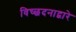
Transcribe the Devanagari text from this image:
विच्छदनाद्वारे